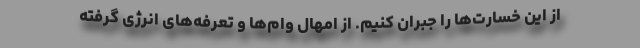
از این خسارت‌ها را جبران کنیم. از امهال وام‌ها و تعرفه‌های انرژی گرفته